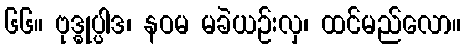
၆၆။ ဗုဒ္ဓုပ္ပါဒ၊ နဝမ မခဲယဉ်းလှ၊ ထင်မည်လော။